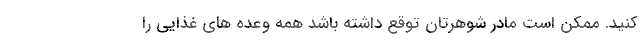
کنید. ممکن است مادر شوهرتان توقع داشته باشد همه وعده های غذایی را